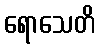
ရောသေတိ